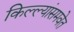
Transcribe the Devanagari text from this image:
किल्ल्यांसमवेत